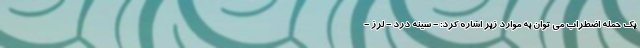
یک حمله اضطراب می توان به موارد زیر اشاره کرد: - سینه درد - لرز -